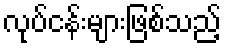
လုပ်ငန်းများဖြစ်သည့်